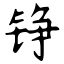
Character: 铮